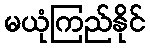
မယုံကြည်နိုင်